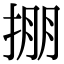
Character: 掤